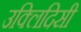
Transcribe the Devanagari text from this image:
उक्लिदिसी